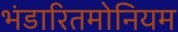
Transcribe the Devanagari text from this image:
भंडारितमोनियम